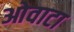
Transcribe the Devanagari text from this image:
ओवाटा